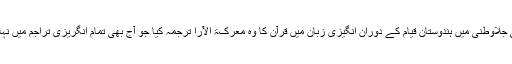
پکتھال صاحب نے اپنی جلاوطنی میں ہندوستان قیام کے دوران انگیزی زبان میں قرآن کا وہ معرکۃ الآرا ترجمہ کیا جو آج بھی تمام انگریزی تراجم میں نہایت اہم سمجھا جاتا ہے۔